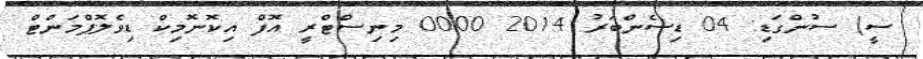
ސީ) ސުންގަޑި: 04 ޑިސެންބަރު 2014 0000 މިނިސްޓްރީ އޮފް އިކޮނޮމިކް ޑިވެލޮޕްމަންޓް